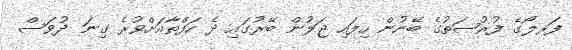
ފަރލޯގެ ފުރުޞަތުގެ ބޭނުން ހިފައި ޖަލުން ބޭރުގައި ދެ ހަފްތާއަށްވުރެ ގިނަ ދުވަސް